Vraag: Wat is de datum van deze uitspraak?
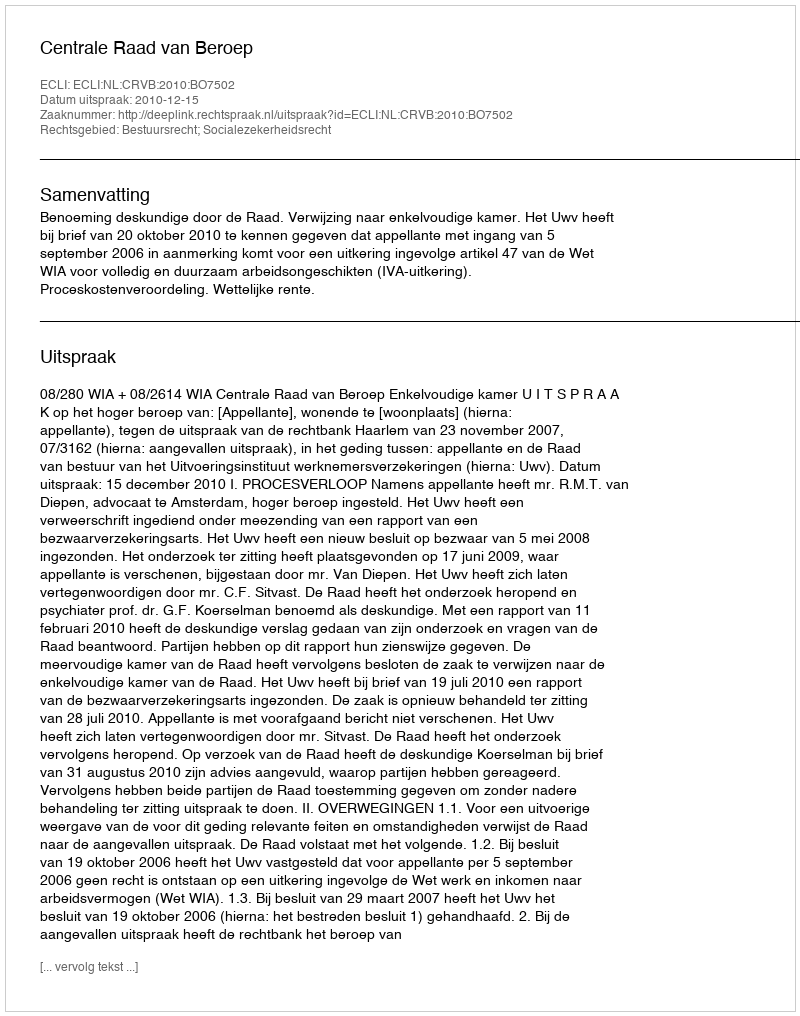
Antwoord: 2010-12-15